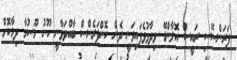
ފަރަންސޭސި ރައީސް އޮލާންޑޭ ވިދާޅުވެފައިވަނީ ދެން ކޮންފަރެންސް ބާއްވަވާނީ ހޫނު މޫސުމާ ދިމާކޮށް